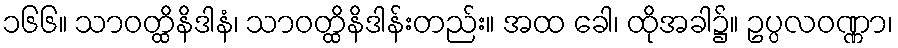
၁၆၆။ သာဝတ္ထိနိဒါနံ၊ သာဝတ္ထိနိဒါန်းတည်း။ အထ ခေါ၊ ထိုအခါ၌။ ဥပ္ပလဝဏ္ဏာ၊